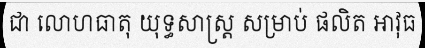
ជា លោហធាតុ យុទ្ធសាស្ត្រ សម្រាប់ ផលិត អាវុធ